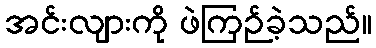
အင်းလျားကို ဖဲကြဉ်ခဲ့သည်။